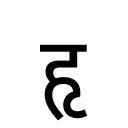
OCR:
हृ